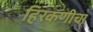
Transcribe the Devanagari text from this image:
हिरकणीचा